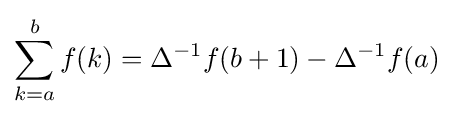
\sum _{k=a}^{b}f(k)=\Delta ^{-1}f(b+1)-\Delta ^{-1}f(a)